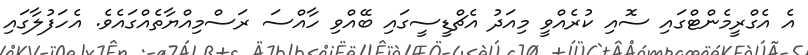
އެ އެގްރީމެންޓްގައި ސޮއި ކުރެއްވީ މިއަދު އެޗްޑީސީގައި ބޭއްވި ހާއްސަ ރަސްމިއްޔާތެއްގައެވެ. އެހަފުލާގައި